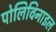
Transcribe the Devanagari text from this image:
पोलिविनाइल